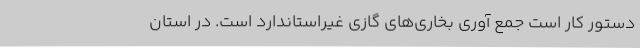
دستور کار است جمع آوری بخاری‌های گازی غیراستاندارد است. در استان